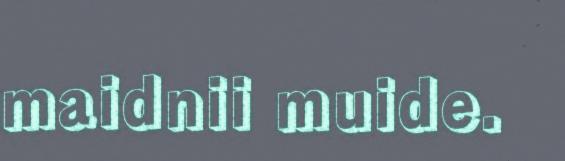
maidnii muide.